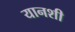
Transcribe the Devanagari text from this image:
यानशी